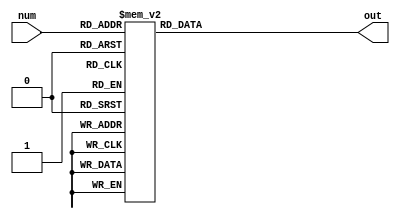
`timescale 1ns / 1ps
//////////////////////////////////////////////////////////////////////////////////
// Company: 
// Engineer: 
// 
// Design Name: 
// Module Name: num_decoder
// Project Name: 
// Target Devices: 
// Tool Versions: 
// Description: 
// 
// Dependencies: 
// 
// Revision:
// Revision 0.01 - File Created
// Additional Comments:
// 
//////////////////////////////////////////////////////////////////////////////////


module num_decoder(
    input [3:0] num,
    output reg [7:0] out
    );
    always@(num)
    begin
        case(num)
            4'b0000:out<=8'b00000011;
            4'b0001:out<=8'b10011111;
            4'b0010:out<=8'b00100101;
            4'b0011:out<=8'b00001101;
            4'b0100:out<=8'b10011001;
            4'b0101:out<=8'b01001001;
            4'b0110:out<=8'b01000001;
            4'b0111:out<=8'b00011111;
            
            4'b1000:out<=8'b00000001;
            4'b1001:out<=8'b00001001;
            4'b1010:out<=8'b00010001;
            4'b1011:out<=8'b11000001;
            4'b1100:out<=8'b01100011;
            4'b1101:out<=8'b10000101;
            4'b1110:out<=8'b01100001;
            4'b1111:out<=8'b01110001;
        endcase
    end
endmodule